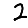
Digit: 2